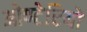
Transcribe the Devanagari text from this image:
ओण्टेरियो